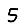
Digit: 5